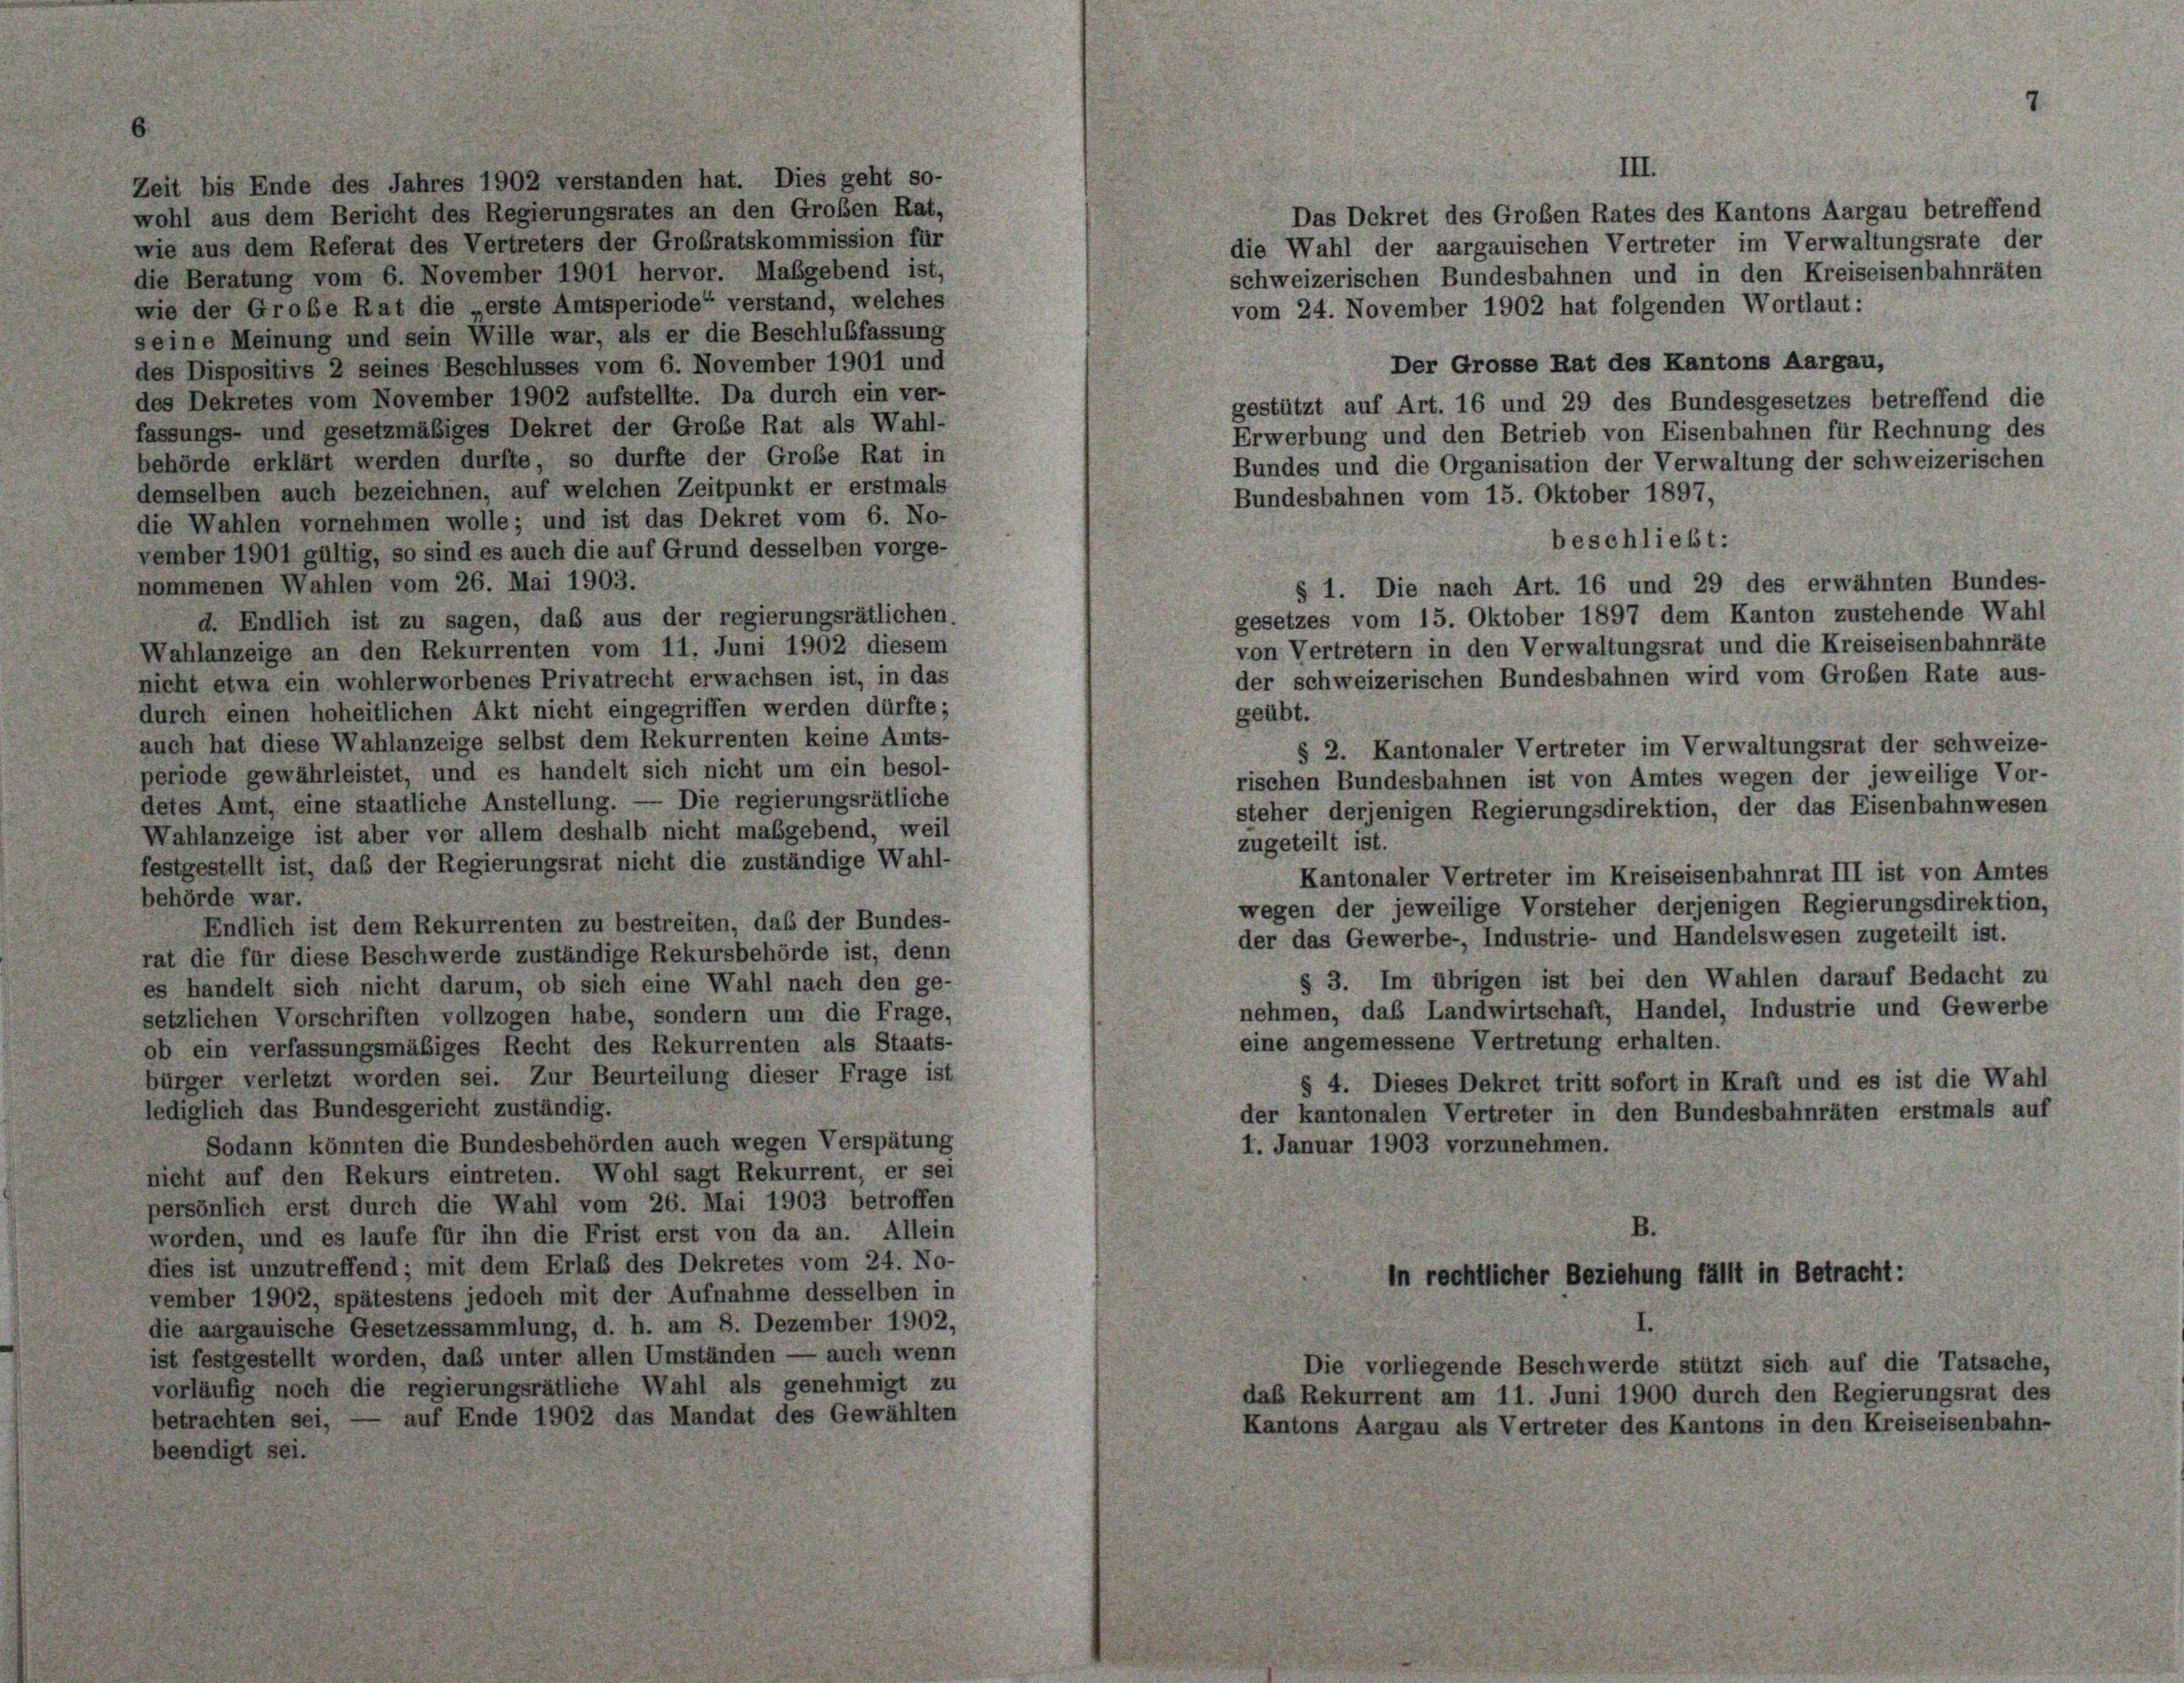
III.
Zeit bis Ende des Jahres 1902 verstanden hat. Dies geht so-
wohl aus dem Bericht des Regierungsrates an den Großen Rat,
Das Dekret des Großen Rates des Kantons Aargau betreffend
wie aus dem Referat des Vertreters der Großratskommission für
die Wahl der aargauischen Vertreter im Verwaltungsrate der
die Beratung vom 6. November 1901 hervor. Mabgebend ist,
schweizerischen Bundesbahnen und in den Kreiseisenbahnräten
wie der Große Rat die „erste Amtsperiode“ verstand, welches
vom 24. November 1902 hat folgenden Wortlaut:
seine Meinung und sein Wille war, als er die Beschlußfassung
Der Grosse Rat des Kantons Aargau,
des Dispositivs 2 seines Beschlusses vom 6. November 1901 und
des Dekretes vom November 1902 aufstellte. Da durch ein ver-
gestützt auf Art. 16 und 29 des Bundesgesetzes betreffend die
fassungs- und gesetzmäßiges Dekret der Große Rat als Wahl-
Erwerbung und den Betrieb von Eisenbahnen für Rechnung des
behörde erklärt werden durfte, so durfte der Große Rat in
Bundes und die Organisation der Verwaltung der schweizerischen
demselben auch bezeichnen, auf welchen Zeitpunkt er erstmals
Bundesbahnen vom 15. Oktober 1897,
die Wahlen vornehmen wolle; und ist das Dekret vom 6. No-
beschließt:
vember 1901 gültig, so sind es auch die auf Grund desselben vorge-
nommenen Wahlen vom 26. Mai 1903.
§ 1. Die nach Art. 16 und 29 des erwähnten Bundes-
gesetzes vom 15. Oktober 1897 dem Kanton zustehende Wahl
d. Endlich ist zu sagen, daß aus der regierungsrätlichen.
von Vertretern in den Verwaltungsrat und die Kreiseisenbahnräte
Wahlanzeige an den Rekurrenten vom 11. Juni 1902 diesem
der schweizerischen Bundesbahnen wird vom Großen Rate aus-
nicht etwa ein wohlerworbenes Privatrecht erwachsen ist, in das
durch einen hoheitlichen Akt nicht eingegriffen werden dürfte;
geübt.
auch hat diese Wahlanzeige selbst dem Rekurrenten keine Amts-
§ 2. Kantonaler Vertreter im Verwaltungsrat der schweize-
periode gewährleistet, und es handelt sich nicht um ein besol-
rischen Bundesbahnen ist von Amtes wegen der jeweilige Vor-
detes Amt, eine staatliche Anstellung. — Die regierungsrätliche
steher derjenigen Regierungsdirektion, der das Eisenbahnwesen
Wahlanzeige ist aber vor allem deshalb nicht maßgebend, weil
zugeteilt ist.
festgestellt ist, daß der Regierungsrat nicht die zuständige Wahl-
Kantonaler Vertreter im Kreiseisenbahnrat III ist von Amtes
behörde war.
wegen der jeweilige Vorsteher derjenigen Regierungsdirektion,
Endlich ist dem Rekurrenten zu bestreiten, daß der Bundes-
der das Gewerbe-, Industrie- und Handelswesen zugeteilt ist.
rat die für diese Beschwerde zuständige Rekursbehörde ist, denn
§ 3. Im übrigen ist bei den Wahlen darauf Bedacht zu
es handelt sich nicht darum, ob sich eine Wahl nach den ge-
nehmen, das Landwirtschaft, Handel, Industrie und Gewerbe
setzlichen Vorschriften vollzogen habe, sondern um die Frage,
eine angemessene Vertretung erhalten.
ob ein verfassungsmäßiges Recht des Rekurrenten als Staats-
bürger verletzt worden sei. Zur Beurteilung dieser Frage ist
§ 4. Dieses Dekret tritt sofort in Kraft und es ist die Wahl
lediglich das Bundesgericht zuständig.
der kantonalen Vertreter in den Bundesbahnräten erstmals auf
Sodann könnten die Bundesbehörden auch wegen Verspätung
1. Januar 1903 vorzunehmen.
nicht auf den Rekurs eintreten. Wohl sagt Rekurrent, er sei
persönlich erst durch die Wahl vom 26. Mai 1903 betroffen
.
worden, und es laufe für ihn die Frist erst von da an. Allein
dies ist unzutreffend; mit dem Erlaß des Dekretes vom 24. No-
in rechtlicher Beziehung fällt in Betracht:
vember 1902, spätestens jedoch mit der Aufnahme desselben in
die aargauische Gesetzessammlung, d. h. am 8. Dezember 1902,
ist festgestellt worden, daß unter allen Umständen — auch wenn
Die vorliegende Beschwerde stützt sich auf die Tatsache,
vorläufig noch die regierungsrätliche Wahl als genehmigt zu
daß Rekurrent am 11. Juni 1900 durch den Regierungsrat des
- auf Ende 1902 das Mandat des Gewählten
betrachten sei, —
Kantons Aargau als Vertreter des Kantons in den Kreiseisenbahn-
beendigt sei.